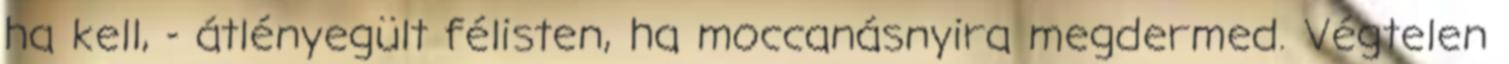
ha kell, - átlényegült félisten, ha moccanásnyira megdermed. Végtelen